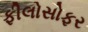
ફીલોસોફર